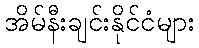
အိမ်နီးချင်းနိုင်ငံများ